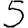
Digit: 5